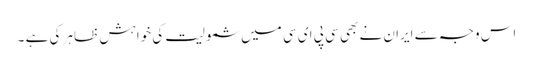
اس وجہ سے ایران نے بھی سی پی ای سی میں شمولیت کی خواہش ظاہر کی ہے ۔